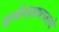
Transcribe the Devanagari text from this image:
प्रार्थनासमाजाचे